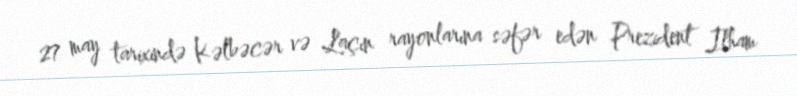
27 may tarixində Kəlbəcər və Laçın rayonlarına səfər edən Prezident İlham